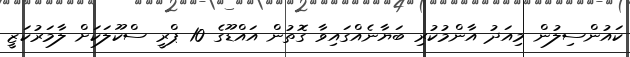
ކައުންސިލުން މިއަދު އާންމުކުރި ބަޔާނެއްގައިވާ ގޮތުން އައްޑޫގެ 10 ޕްރީ ސްކޫލަކަށް ލާމަރުކަޒީ